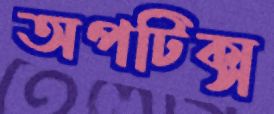
অপটিক্স